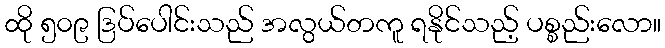
ထို ၅၀၉ ဒြပ်ပေါင်းသည် အလွယ်တကူ ရနိုင်သည့် ပစ္စည်းလော။